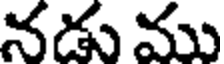
నడు ము